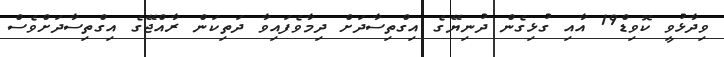
ވިދާޅުވީ ކޮވިޑް19 އާއި ގުޅިގެން ދުނިޔޭގެ އިގްތިސާދަށް ދިމާވެފައިވާ ދަތިކަން ރާއްޖޭގެ އިގްތިސާދަށްވެސް